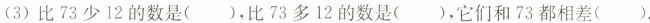
(3)比73少12的数是( )，比73多12的数是 ( )，它们和73都相差( )。